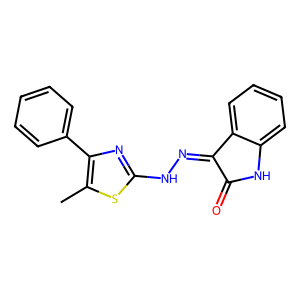
SMILES: Cc1sc(NN=C2C(=O)Nc3ccccc32)nc1-c1ccccc1
Inhibits HIV replication: No